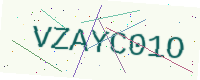
Text: VZAYC01O